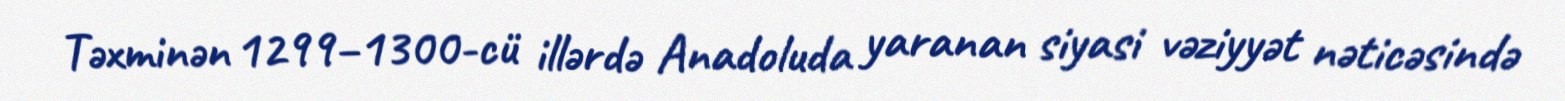
Təxminən 1299–1300-cü illərdə Anadoluda yaranan siyasi vəziyyət nəticəsində